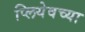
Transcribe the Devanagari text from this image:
प्लियेवच्या